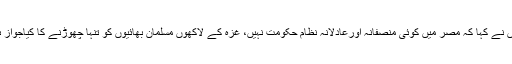
انھوں نے کہا کہ مصر میں کوئی منصفانہ اورعادلانہ نظام حکومت نہیں، غزہ کے لاکھوں مسلمان بھائیوں کو تنہا چھوڑنے کا کیاجواز ہے؟